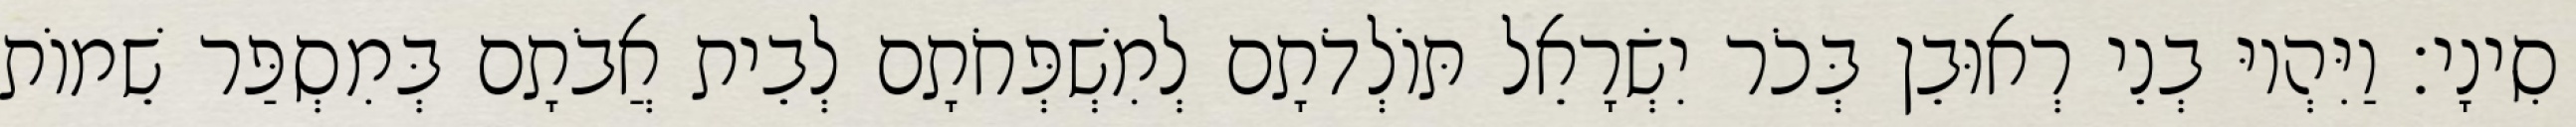
סִינָי׃ וַיִּהְיוּ בְנֵי רְאוּבֵן בְּכֹר יִשְׂרָאֵל תּוֹלְדֹתָם לְמִשְׁפְּחֹתָם לְבֵית אֲבֹתָם בְּמִסְפַּר שֵׁמוֹת